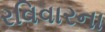
રવિવારના